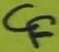
Text: CF